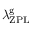
\lambda _ { \mathrm { Z P L } } ^ { \mathrm { g } }